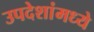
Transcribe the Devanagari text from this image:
उपदेशांमध्ये